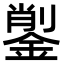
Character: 𨨺